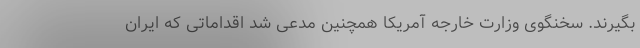
بگیرند. سخنگوی وزارت خارجه آمریکا همچنین مدعی شد اقداماتی که ایران